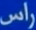
راس